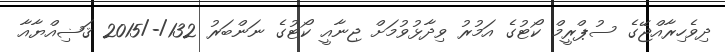
ދިވެހިރާއްޖޭގެ ސުޕްރީމް ކޯޓުގެ އަމުރު ވިދާޅުވުމަށް ޖިނާއީ ކޯޓުގެ ނަންބަރު 132/-/2015 ޤަޟިއްޔާއާ